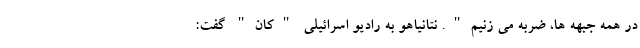
در همه جبهه ها، ضربه می زنیم". نتانیاهو به رادیو اسرائیلی "کان" گفت: